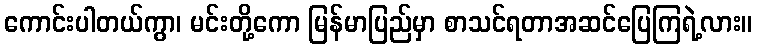
ကောင်းပါတယ်ကွာ၊ မင်းတို့ကော မြန်မာပြည်မှာ စာသင်ရတာအဆင်ပြေကြရဲ့လား။